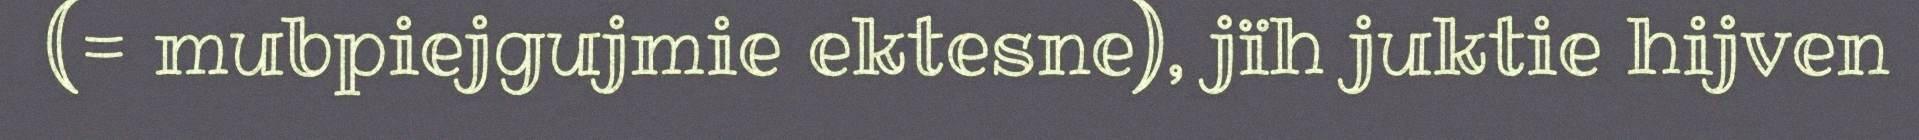
(= mubpiejgujmie ektesne), jïh juktie hijven